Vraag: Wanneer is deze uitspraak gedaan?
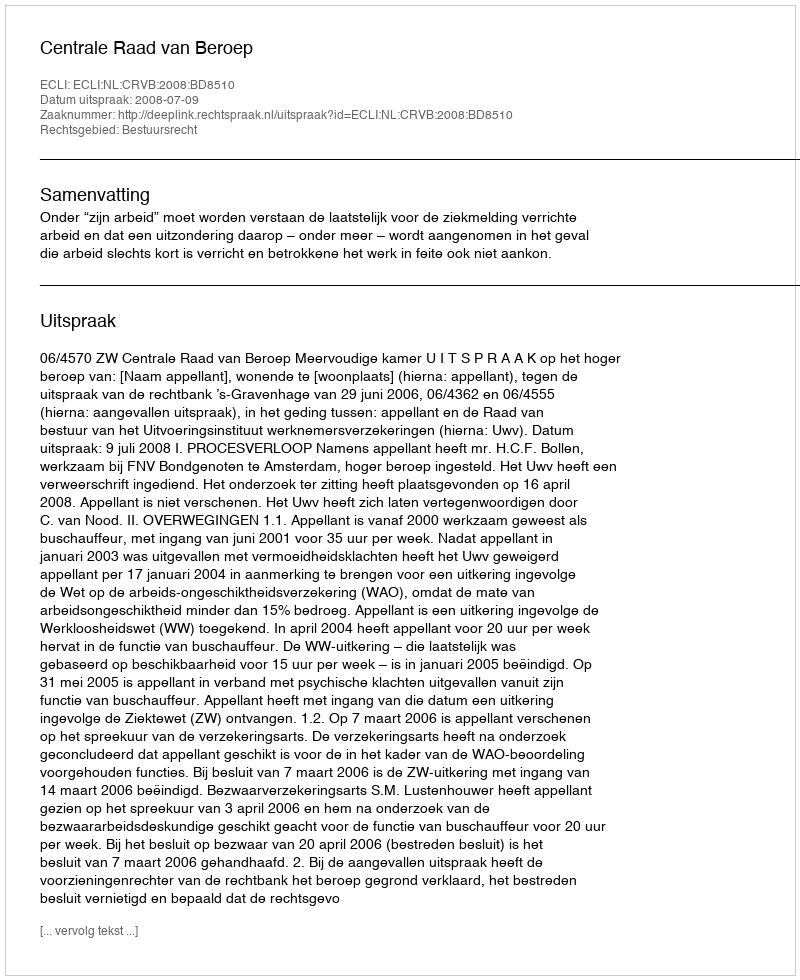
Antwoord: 2008-07-09